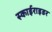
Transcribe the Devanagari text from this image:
स्काईराइडर